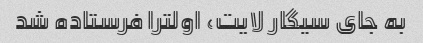
به جای سیگار لایت، اولترا فرستاده شد